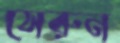
সেরুন